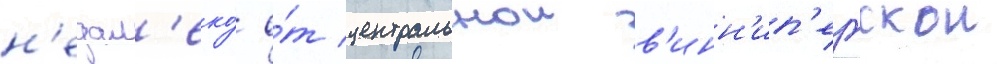
н'едал'еко́ о́т центральнои в'инн'ип'егскои